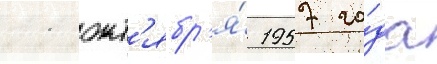
11 окт'ябр'я́ 1957 го́да